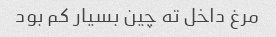
مرغ داخل ته چین بسیار کم بود